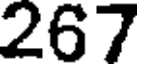
267